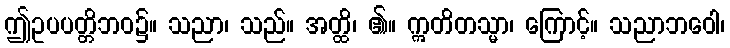
ဤဥပပတ္တိဘဝ၌။ သညာ၊ သည်။ အတ္ထိ၊ ၏။ ဣတိတသ္မာ၊ ကြောင့်။ သညာဘဝေါ၊